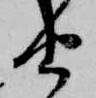
由